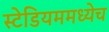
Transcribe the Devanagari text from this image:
स्टेडियममध्येच